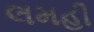
લમહી